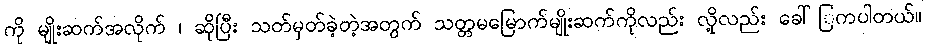
ကို မျိုးဆက်အလိုက် ၊ ဆိုပြီး သတ်မှတ်ခဲ့တဲ့အတွက် သတ္တမမြောက်မျိုးဆက်ကိုလည်း လို့လည်း ခေါ်ြကပါတယ်။